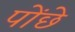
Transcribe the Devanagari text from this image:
पोंछे